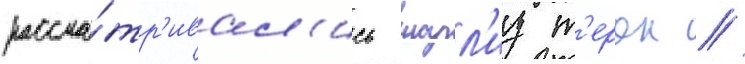
рассма́тр'ивал'ись шарл'из т'ерон /